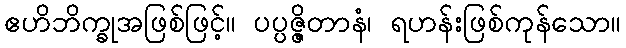
ဧဟိဘိက္ခုအဖြစ်ဖြင့်။ ပပ္ပဇ္ဇိတာနံ၊ ရဟန်းဖြစ်ကုန်သော။